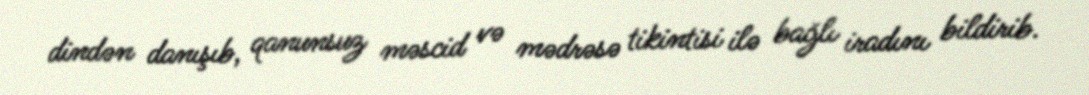
dindən danışıb, qanunsuz məscid və mədrəsə tikintisi ilə bağlı iradını bildirib.